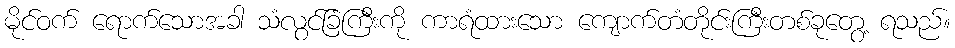
မိုင်ဝက် ရောက်သောအခါ သံလွင်ခြံကြီးကို ကာရံထားသော ကျောက်တံတိုင်းကြီးတစ်ခုတွေ့ ရသည်။